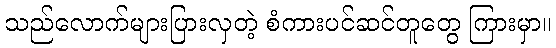
သည်လောက်များပြားလှတဲ့ စံကားပင်ဆင်တူတွေ ကြားမှာ။